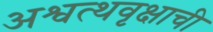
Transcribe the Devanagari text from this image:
अश्वत्थवृक्षाची